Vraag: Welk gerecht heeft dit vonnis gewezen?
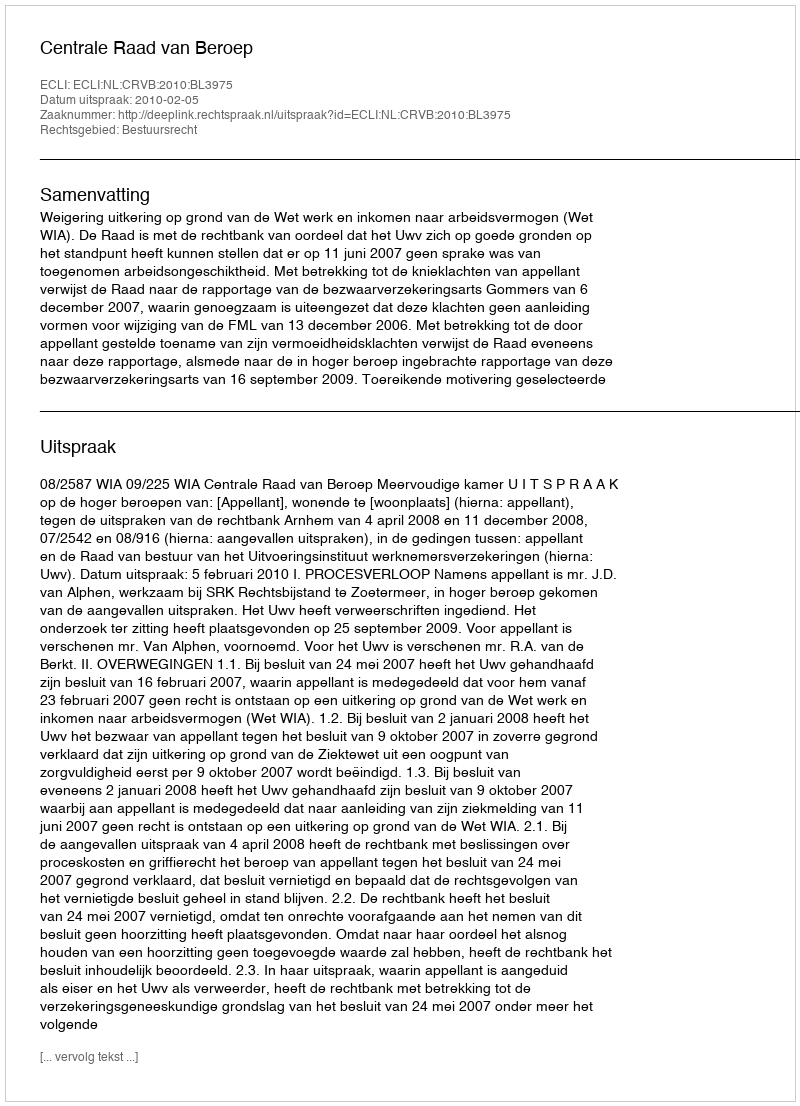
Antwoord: Centrale Raad van Beroep